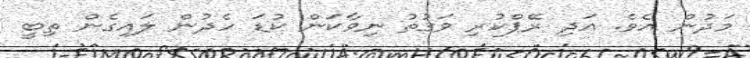
މަދުން އެވެ. އަދި ރޭޕްކުރި ވަގުތު ނިވާކަން ކުޑަ ހެދުން ލައިގެން ތިބީ